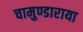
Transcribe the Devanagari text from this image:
चामुण्डाराया